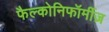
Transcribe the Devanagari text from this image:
फैल्कोनिफॉर्मीज़